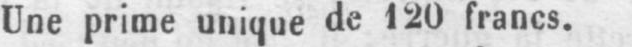
Une prime unique de 120 francs.